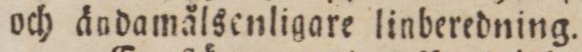
och ändamålsenligare linberedning.